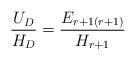
LaTeX: \begin{align*}{ U_D\over H_D} = {E_{r+1(r+1)} \over H_{r+1}}\end{align*}